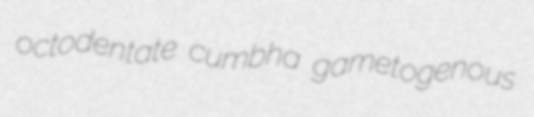
octodentate cumbha gametogenous